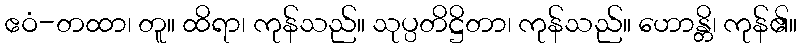
ဧဝံ-တထာ၊ တူ။ ထိရာ၊ ကုန်သည်။ သုပ္ပတိဋ္ဌိတာ၊ ကုန်သည်။ ဟောန္တိ၊ ကုန်၏။